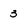
Character: 3